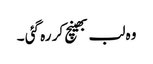
وہ لب بھینچ کر رہ گئی ۔